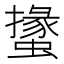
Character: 𧑝